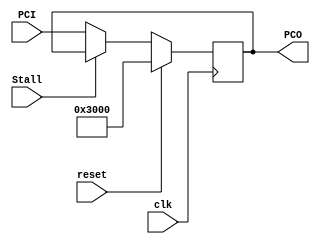
`timescale 1ns / 1ps
module pc(
		input clk,
		input reset,
		input Stall,
		input [31:0] PCI,
		output [31:0] PCO
	);
	reg [31:0] PCReg;
	assign PCO=PCReg;
	
	initial
	begin
		PCReg<=32'h00003000;
	end
	
	always @(posedge clk)
	begin
		if (reset)
		begin
			PCReg<=32'h00003000;
		end
		else if (Stall)
		begin
			PCReg<=PCReg;
		end
		else
		begin
			PCReg<=PCI;
		end
	end
endmodule